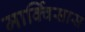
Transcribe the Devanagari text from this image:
मार्क्विसास